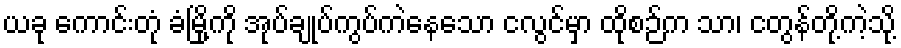
ယခု ကောင်းတုံ ခံမြို့ကို အုပ်ချုပ်ကွပ်ကဲနေသော ငလွင်မှာ ထိုစဉ်က သာ၊ ငတွန်တို့ကဲ့သို့